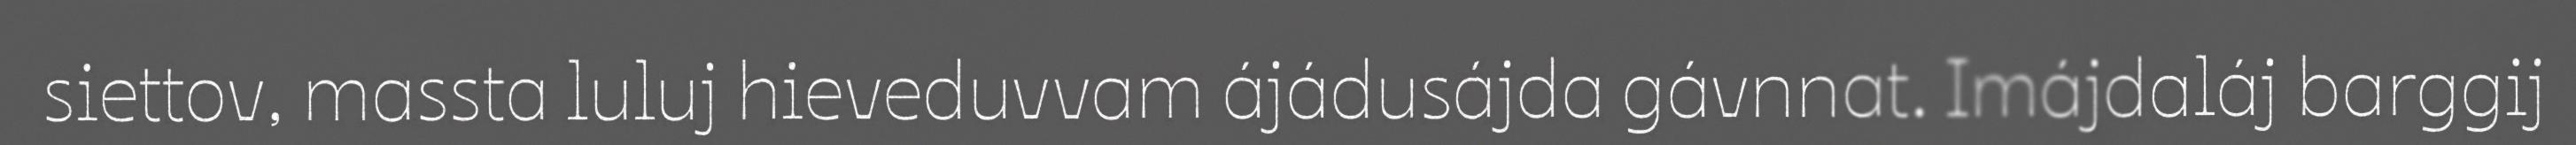
siettov, massta luluj hieveduvvam ájádusájda gávnnat. Imájdaláj barggij